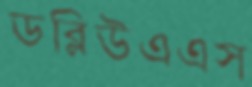
ডব্লিউএএস